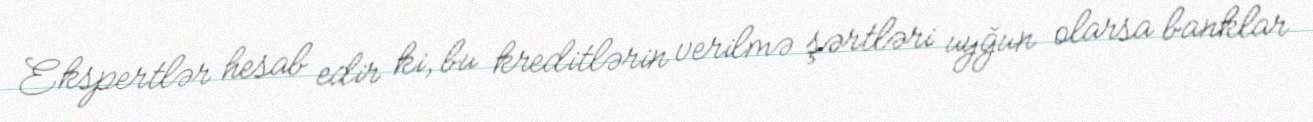
Ekspertlər hesab edir ki, bu kreditlərin verilmə şərtləri uyğun olarsa banklar